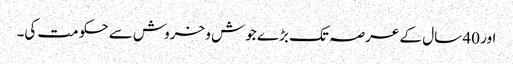
اور 40 سال کے عرصہ تک بڑے جوش و خروش سے حکومت کی۔